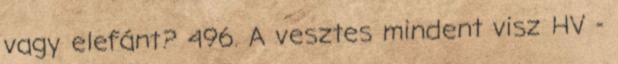
vagy elefánt? 496. A vesztes mindent visz HV -